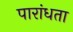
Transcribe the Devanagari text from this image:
पारांधता